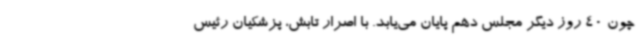
چون 40 روز دیگر مجلس دهم پایان می‌یابد. با اصرار تابش، پزشکیان رئیس